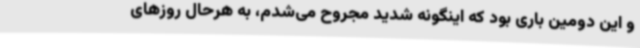
و این دومین باری بود که اینگونه شدید مجروح می‌شدم، به هرحال روزهای